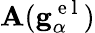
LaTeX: \mathbf{A}(\mathbf{{g}}_{\alpha}^{\mathrm{{~e~l~}}})